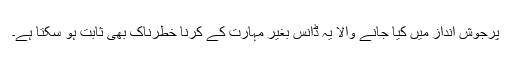
پرجوش انداز میں کیا جانے والا یہ ڈانس بغیر مہارت کے کرنا خطرناک بھی ثابت ہو سکتا ہے۔